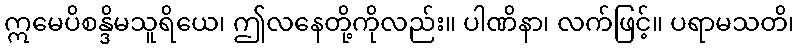
ဣမေပိစန္ဒိမသူရိယေ၊ ဤလနေတို့ကိုလည်း။ ပါဏိနာ၊ လက်ဖြင့်။ ပရာမသတိ၊